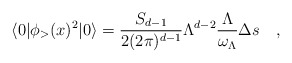
\begin{align*}\langle 0|\phi_>(x)^2|0\rangle={S_{d-1}\over 2(2\pi)^{d-1}}\Lambda^{d-2}{\Lambda\over\omega_\Lambda}\Delta s\quad,\end{align*}